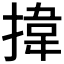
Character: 𢯷